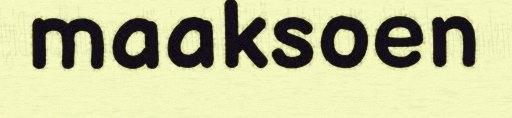
maaksoen